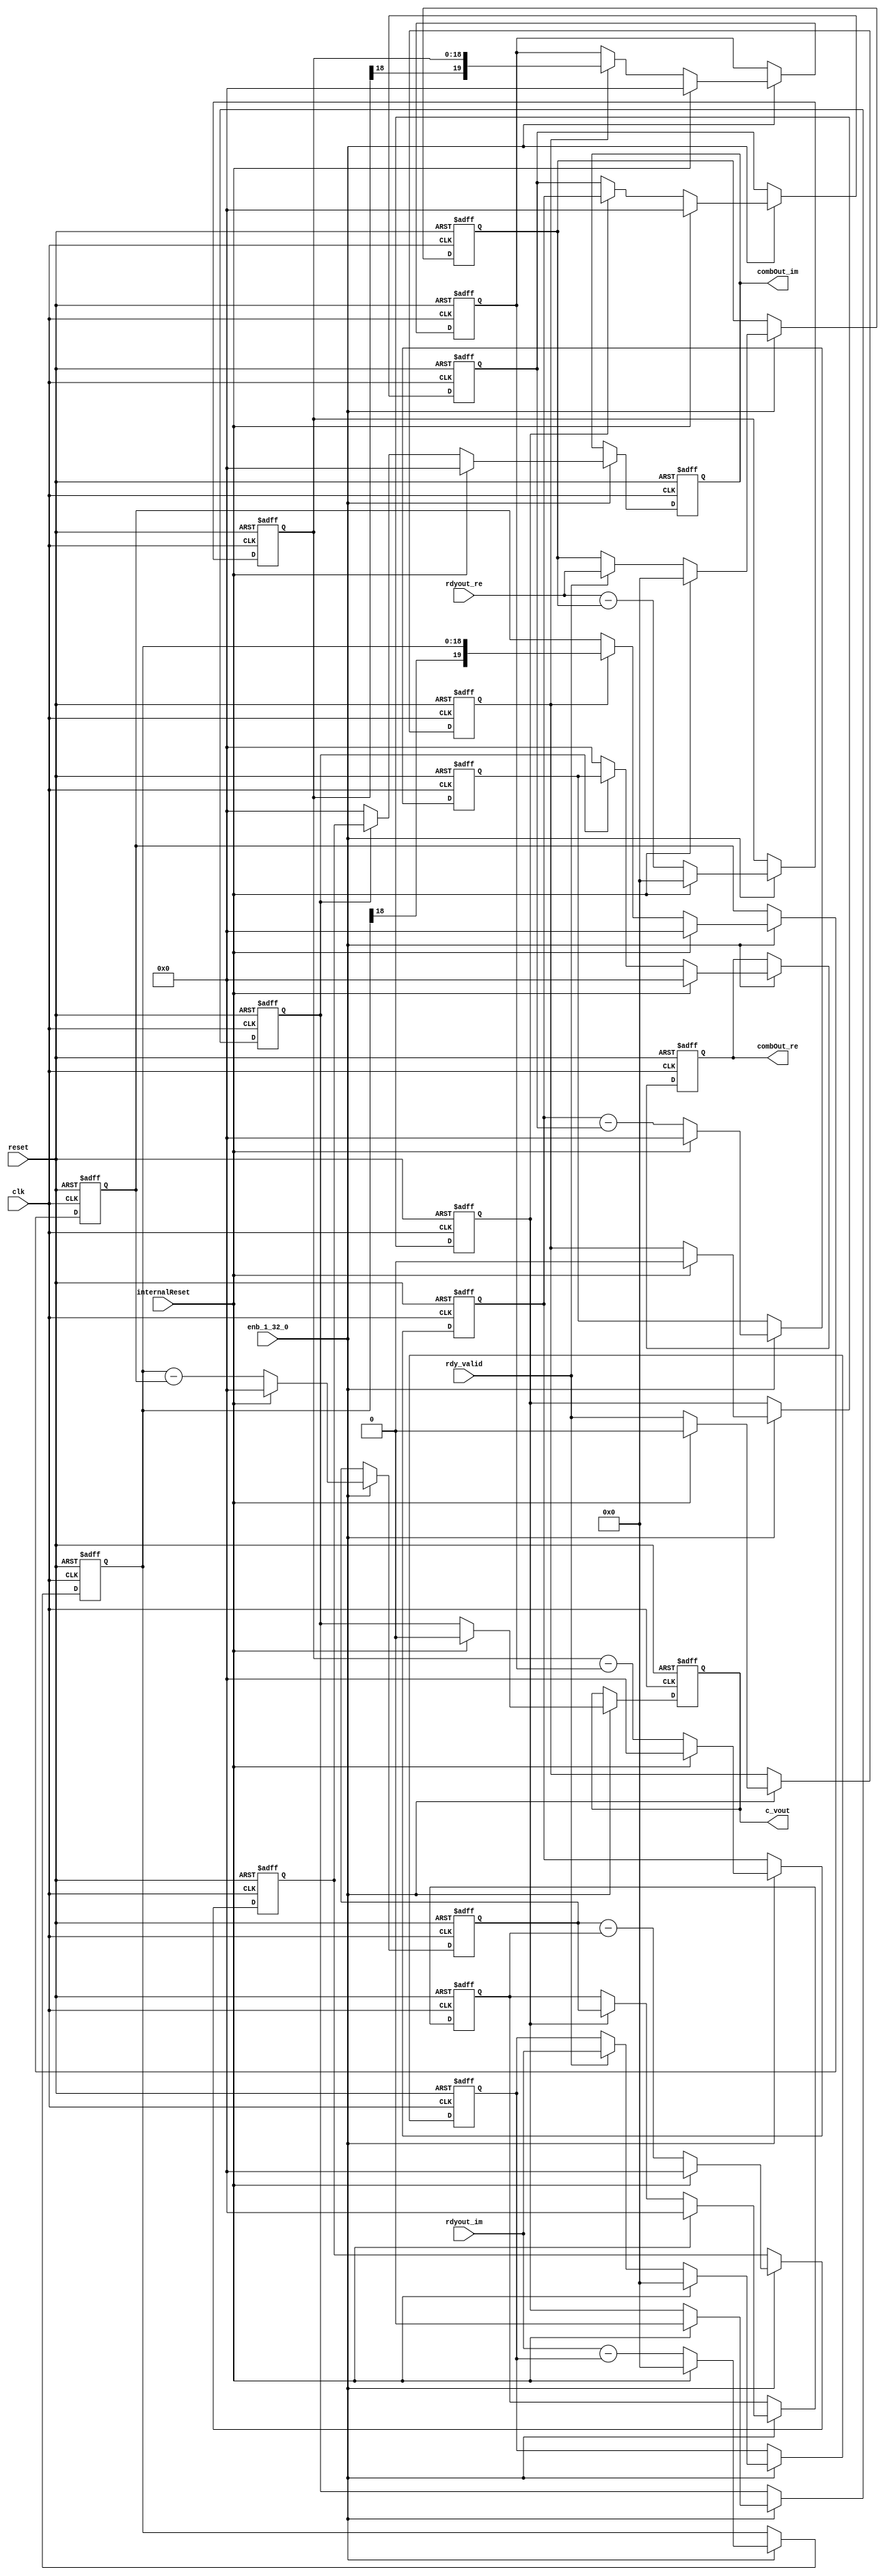
// -------------------------------------------------------------
// 
// 
// Generated by MATLAB 9.13 and HDL Coder 4.0
// 
// -------------------------------------------------------------


// -------------------------------------------------------------
// 
// Module: cSection
// Source Path: whdlOFDMTransmitter_up_con/OFDM_UC/HDL_DUC/CICInterpolator/cSection
// Hierarchy Level: 3
// 
// -------------------------------------------------------------

`timescale 1 ns / 1 ns

module cSection
          (clk,
           reset,
           enb_1_32_0,
           rdyout_re,
           rdyout_im,
           rdy_valid,
           internalReset,
           combOut_re,
           combOut_im,
           c_vout);


  input   clk;
  input   reset;
  input   enb_1_32_0;
  input   signed [18:0] rdyout_re;  // sfix19_En14
  input   signed [18:0] rdyout_im;  // sfix19_En14
  input   rdy_valid;
  input   internalReset;
  output  signed [19:0] combOut_re;  // sfix20_En14
  output  signed [19:0] combOut_im;  // sfix20_En14
  output  c_vout;


  reg  cBuff_vout1;
  reg  cBuff_vout2;
  reg  cBuff_vout3;
  wire signed [19:0] invalidOut_re_1;  // sfix20_En14
  reg signed [18:0] cDelay_re1;  // sfix19_En14
  wire signed [19:0] subtractor_sub_cast;  // sfix20_En14
  wire signed [19:0] subtractor_sub_cast_1;  // sfix20_En14
  wire signed [19:0] subOut_re1;  // sfix20_En14
  wire signed [18:0] cOut_re1;  // sfix19_En14
  reg signed [18:0] cBuff_re1;  // sfix19_En14
  wire signed [19:0] cIn_re2;  // sfix20_En14
  reg signed [19:0] cDelay_re2;  // sfix20_En14
  wire signed [20:0] subtractor_sub_cast_2;  // sfix21_En14
  wire signed [20:0] subtractor_sub_cast_3;  // sfix21_En14
  wire signed [20:0] subOut_re2;  // sfix21_En14
  wire signed [19:0] cOut_re2;  // sfix20_En14
  reg signed [19:0] cBuff_re2;  // sfix20_En14
  reg signed [19:0] cDelay_re3;  // sfix20_En14
  wire signed [20:0] subtractor_sub_cast_4;  // sfix21_En14
  wire signed [20:0] subtractor_sub_cast_5;  // sfix21_En14
  wire signed [20:0] subOut_re3;  // sfix21_En14
  wire signed [19:0] cOut_re3;  // sfix20_En14
  reg signed [19:0] cBuff_re3;  // sfix20_En14
  wire signed [19:0] combOutreg_re;  // sfix20_En14
  reg signed [19:0] combOut_re_1;  // sfix20_En14
  wire signed [19:0] invalidOut_im_1;  // sfix20_En14
  reg signed [18:0] cDelay_im1;  // sfix19_En14
  wire signed [19:0] subtractor_sub_cast_6;  // sfix20_En14
  wire signed [19:0] subtractor_sub_cast_7;  // sfix20_En14
  wire signed [19:0] subOut_im1;  // sfix20_En14
  wire signed [18:0] cOut_im1;  // sfix19_En14
  reg signed [18:0] cBuff_im1;  // sfix19_En14
  wire signed [19:0] cIn_im2;  // sfix20_En14
  reg signed [19:0] cDelay_im2;  // sfix20_En14
  wire signed [20:0] subtractor_sub_cast_8;  // sfix21_En14
  wire signed [20:0] subtractor_sub_cast_9;  // sfix21_En14
  wire signed [20:0] subOut_im2;  // sfix21_En14
  wire signed [19:0] cOut_im2;  // sfix20_En14
  reg signed [19:0] cBuff_im2;  // sfix20_En14
  reg signed [19:0] cDelay_im3;  // sfix20_En14
  wire signed [20:0] subtractor_sub_cast_10;  // sfix21_En14
  wire signed [20:0] subtractor_sub_cast_11;  // sfix21_En14
  wire signed [20:0] subOut_im3;  // sfix21_En14
  wire signed [19:0] cOut_im3;  // sfix20_En14
  reg signed [19:0] cBuff_im3;  // sfix20_En14
  wire signed [19:0] combOutreg_im;  // sfix20_En14
  reg signed [19:0] combOut_im_1;  // sfix20_En14
  reg  c_vout_1;


  always @(posedge clk or posedge reset)
    begin : intdelay_process
      if (reset == 1'b1) begin
        cBuff_vout1 <= 1'b0;
      end
      else begin
        if (enb_1_32_0) begin
          if (internalReset == 1'b1) begin
            cBuff_vout1 <= 1'b0;
          end
          else begin
            cBuff_vout1 <= rdy_valid;
          end
        end
      end
    end



  always @(posedge clk or posedge reset)
    begin : intdelay_1_process
      if (reset == 1'b1) begin
        cBuff_vout2 <= 1'b0;
      end
      else begin
        if (enb_1_32_0) begin
          if (internalReset == 1'b1) begin
            cBuff_vout2 <= 1'b0;
          end
          else begin
            cBuff_vout2 <= cBuff_vout1;
          end
        end
      end
    end



  always @(posedge clk or posedge reset)
    begin : intdelay_2_process
      if (reset == 1'b1) begin
        cBuff_vout3 <= 1'b0;
      end
      else begin
        if (enb_1_32_0) begin
          if (internalReset == 1'b1) begin
            cBuff_vout3 <= 1'b0;
          end
          else begin
            cBuff_vout3 <= cBuff_vout2;
          end
        end
      end
    end



  assign invalidOut_re_1 = 20'sb00000000000000000000;



  always @(posedge clk or posedge reset)
    begin : intdelay_3_process
      if (reset == 1'b1) begin
        cDelay_re1 <= 19'sb0000000000000000000;
      end
      else begin
        if (enb_1_32_0) begin
          if (internalReset == 1'b1) begin
            cDelay_re1 <= 19'sb0000000000000000000;
          end
          else begin
            if (rdy_valid) begin
              cDelay_re1 <= rdyout_re;
            end
          end
        end
      end
    end



  assign subtractor_sub_cast = {rdyout_re[18], rdyout_re};
  assign subtractor_sub_cast_1 = {cDelay_re1[18], cDelay_re1};
  assign subOut_re1 = subtractor_sub_cast - subtractor_sub_cast_1;



  assign cOut_re1 = subOut_re1[18:0];



  always @(posedge clk or posedge reset)
    begin : intdelay_4_process
      if (reset == 1'b1) begin
        cBuff_re1 <= 19'sb0000000000000000000;
      end
      else begin
        if (enb_1_32_0) begin
          if (internalReset == 1'b1) begin
            cBuff_re1 <= 19'sb0000000000000000000;
          end
          else begin
            cBuff_re1 <= cOut_re1;
          end
        end
      end
    end



  assign cIn_re2 = {cBuff_re1[18], cBuff_re1};



  always @(posedge clk or posedge reset)
    begin : intdelay_5_process
      if (reset == 1'b1) begin
        cDelay_re2 <= 20'sb00000000000000000000;
      end
      else begin
        if (enb_1_32_0) begin
          if (internalReset == 1'b1) begin
            cDelay_re2 <= 20'sb00000000000000000000;
          end
          else begin
            if (cBuff_vout1) begin
              cDelay_re2 <= cIn_re2;
            end
          end
        end
      end
    end



  assign subtractor_sub_cast_2 = {cIn_re2[19], cIn_re2};
  assign subtractor_sub_cast_3 = {cDelay_re2[19], cDelay_re2};
  assign subOut_re2 = subtractor_sub_cast_2 - subtractor_sub_cast_3;



  assign cOut_re2 = subOut_re2[19:0];



  always @(posedge clk or posedge reset)
    begin : intdelay_6_process
      if (reset == 1'b1) begin
        cBuff_re2 <= 20'sb00000000000000000000;
      end
      else begin
        if (enb_1_32_0) begin
          if (internalReset == 1'b1) begin
            cBuff_re2 <= 20'sb00000000000000000000;
          end
          else begin
            cBuff_re2 <= cOut_re2;
          end
        end
      end
    end



  always @(posedge clk or posedge reset)
    begin : intdelay_7_process
      if (reset == 1'b1) begin
        cDelay_re3 <= 20'sb00000000000000000000;
      end
      else begin
        if (enb_1_32_0) begin
          if (internalReset == 1'b1) begin
            cDelay_re3 <= 20'sb00000000000000000000;
          end
          else begin
            if (cBuff_vout2) begin
              cDelay_re3 <= cBuff_re2;
            end
          end
        end
      end
    end



  assign subtractor_sub_cast_4 = {cBuff_re2[19], cBuff_re2};
  assign subtractor_sub_cast_5 = {cDelay_re3[19], cDelay_re3};
  assign subOut_re3 = subtractor_sub_cast_4 - subtractor_sub_cast_5;



  assign cOut_re3 = subOut_re3[19:0];



  always @(posedge clk or posedge reset)
    begin : intdelay_8_process
      if (reset == 1'b1) begin
        cBuff_re3 <= 20'sb00000000000000000000;
      end
      else begin
        if (enb_1_32_0) begin
          if (internalReset == 1'b1) begin
            cBuff_re3 <= 20'sb00000000000000000000;
          end
          else begin
            cBuff_re3 <= cOut_re3;
          end
        end
      end
    end



  assign combOutreg_re = (cBuff_vout3 == 1'b0 ? invalidOut_re_1 :
              cBuff_re3);



  always @(posedge clk or posedge reset)
    begin : intdelay_9_process
      if (reset == 1'b1) begin
        combOut_re_1 <= 20'sb00000000000000000000;
      end
      else begin
        if (enb_1_32_0) begin
          if (internalReset == 1'b1) begin
            combOut_re_1 <= 20'sb00000000000000000000;
          end
          else begin
            combOut_re_1 <= combOutreg_re;
          end
        end
      end
    end



  assign invalidOut_im_1 = 20'sb00000000000000000000;



  always @(posedge clk or posedge reset)
    begin : intdelay_10_process
      if (reset == 1'b1) begin
        cDelay_im1 <= 19'sb0000000000000000000;
      end
      else begin
        if (enb_1_32_0) begin
          if (internalReset == 1'b1) begin
            cDelay_im1 <= 19'sb0000000000000000000;
          end
          else begin
            if (rdy_valid) begin
              cDelay_im1 <= rdyout_im;
            end
          end
        end
      end
    end



  assign subtractor_sub_cast_6 = {rdyout_im[18], rdyout_im};
  assign subtractor_sub_cast_7 = {cDelay_im1[18], cDelay_im1};
  assign subOut_im1 = subtractor_sub_cast_6 - subtractor_sub_cast_7;



  assign cOut_im1 = subOut_im1[18:0];



  always @(posedge clk or posedge reset)
    begin : intdelay_11_process
      if (reset == 1'b1) begin
        cBuff_im1 <= 19'sb0000000000000000000;
      end
      else begin
        if (enb_1_32_0) begin
          if (internalReset == 1'b1) begin
            cBuff_im1 <= 19'sb0000000000000000000;
          end
          else begin
            cBuff_im1 <= cOut_im1;
          end
        end
      end
    end



  assign cIn_im2 = {cBuff_im1[18], cBuff_im1};



  always @(posedge clk or posedge reset)
    begin : intdelay_12_process
      if (reset == 1'b1) begin
        cDelay_im2 <= 20'sb00000000000000000000;
      end
      else begin
        if (enb_1_32_0) begin
          if (internalReset == 1'b1) begin
            cDelay_im2 <= 20'sb00000000000000000000;
          end
          else begin
            if (cBuff_vout1) begin
              cDelay_im2 <= cIn_im2;
            end
          end
        end
      end
    end



  assign subtractor_sub_cast_8 = {cIn_im2[19], cIn_im2};
  assign subtractor_sub_cast_9 = {cDelay_im2[19], cDelay_im2};
  assign subOut_im2 = subtractor_sub_cast_8 - subtractor_sub_cast_9;



  assign cOut_im2 = subOut_im2[19:0];



  always @(posedge clk or posedge reset)
    begin : intdelay_13_process
      if (reset == 1'b1) begin
        cBuff_im2 <= 20'sb00000000000000000000;
      end
      else begin
        if (enb_1_32_0) begin
          if (internalReset == 1'b1) begin
            cBuff_im2 <= 20'sb00000000000000000000;
          end
          else begin
            cBuff_im2 <= cOut_im2;
          end
        end
      end
    end



  always @(posedge clk or posedge reset)
    begin : intdelay_14_process
      if (reset == 1'b1) begin
        cDelay_im3 <= 20'sb00000000000000000000;
      end
      else begin
        if (enb_1_32_0) begin
          if (internalReset == 1'b1) begin
            cDelay_im3 <= 20'sb00000000000000000000;
          end
          else begin
            if (cBuff_vout2) begin
              cDelay_im3 <= cBuff_im2;
            end
          end
        end
      end
    end



  assign subtractor_sub_cast_10 = {cBuff_im2[19], cBuff_im2};
  assign subtractor_sub_cast_11 = {cDelay_im3[19], cDelay_im3};
  assign subOut_im3 = subtractor_sub_cast_10 - subtractor_sub_cast_11;



  assign cOut_im3 = subOut_im3[19:0];



  always @(posedge clk or posedge reset)
    begin : intdelay_15_process
      if (reset == 1'b1) begin
        cBuff_im3 <= 20'sb00000000000000000000;
      end
      else begin
        if (enb_1_32_0) begin
          if (internalReset == 1'b1) begin
            cBuff_im3 <= 20'sb00000000000000000000;
          end
          else begin
            cBuff_im3 <= cOut_im3;
          end
        end
      end
    end



  assign combOutreg_im = (cBuff_vout3 == 1'b0 ? invalidOut_im_1 :
              cBuff_im3);



  always @(posedge clk or posedge reset)
    begin : intdelay_16_process
      if (reset == 1'b1) begin
        combOut_im_1 <= 20'sb00000000000000000000;
      end
      else begin
        if (enb_1_32_0) begin
          if (internalReset == 1'b1) begin
            combOut_im_1 <= 20'sb00000000000000000000;
          end
          else begin
            combOut_im_1 <= combOutreg_im;
          end
        end
      end
    end



  always @(posedge clk or posedge reset)
    begin : intdelay_17_process
      if (reset == 1'b1) begin
        c_vout_1 <= 1'b0;
      end
      else begin
        if (enb_1_32_0) begin
          if (internalReset == 1'b1) begin
            c_vout_1 <= 1'b0;
          end
          else begin
            c_vout_1 <= cBuff_vout3;
          end
        end
      end
    end



  assign combOut_re = combOut_re_1;

  assign combOut_im = combOut_im_1;

  assign c_vout = c_vout_1;

endmodule  // cSection